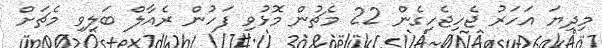
މިދިޔަ އަހަރު ޖެހިޖެހިގެން 22 މެޗުން މޮޅުވި ފަހުން ރެއާލް ބަލިވި މެޗަށް